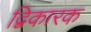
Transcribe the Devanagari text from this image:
द्विकारक